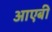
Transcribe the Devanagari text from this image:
आएबी